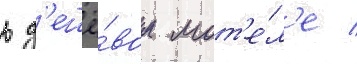
в д'ешё́вом мот'е́л'е /